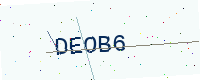
Text: DEOB6